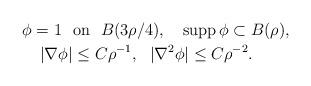
LaTeX: \begin{align*}\phi = 1 \ \ &\textrm{on} \ \ B(3\rho/4), \ \ \ \textrm{supp}\, \phi \subset B(\rho), \\|\nabla \phi| &\leq C \rho^{-1}, \ \ |\nabla^2 \phi| \leq C\rho^{-2}.\end{align*}